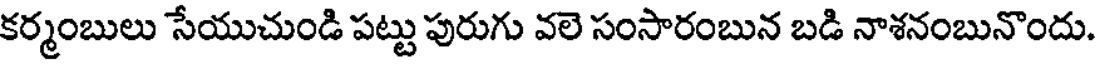
కర్మంబులు సేయుచుండి పట్టు పురుగు వలె సంసారంబున బడి నాశనంబునొందు.